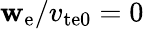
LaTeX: \mathbf{w}_{\mathrm{{e}}}/v_{\mathrm{{te0}}}=0